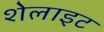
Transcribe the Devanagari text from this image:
शेलाइट